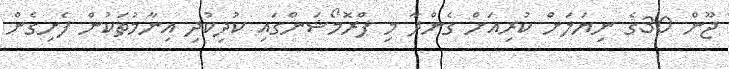
ޖޫން 30ގެ ނިޔަލަށް ކުރިއަށް ގެންދާ މި ޕްރޮމޯޝަންގައި ކުދިކުދި އިނާމުތަކުން ފެށިގެން